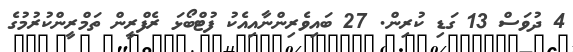
4 ދުވަސް 13 ގަޑި ކުރިން. 27 ބައިވެރިންނާއިއެކު ފުޓްބޯޅަ ރެފްރީން ތަމްރީންކުރުމުގެ